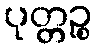
ပုတ္တဉ္စ